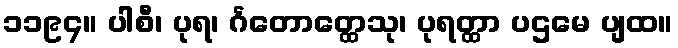
၁၁၉၄။ ပါစီ၊ ပုရ၊ င်္ဂတောတ္ထေသု၊ ပုရတ္ထာ ပဌမေ ပျထ။